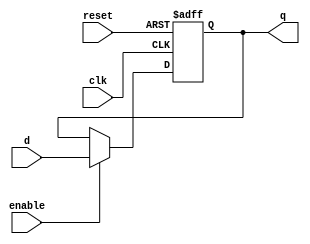

module flopenr0 #(parameter WIDTH=4) (
	input clk, reset, enable,
	input [WIDTH-1:0] d,
	output reg [WIDTH-1:0] q
);
//--Input Ports-----
//--Output Ports----

always @ (posedge clk or posedge reset) begin
	if (reset) q <= 0;
	else if (enable) q <= d;
end//always

endmodule

module flopenr1 #(parameter WIDTH=4) (
	input clk, reset, enable,
	input [WIDTH-1:0] d,
	output reg [WIDTH-1:0] q
);
//--Input Ports-----
//--Output Ports----

always @ (posedge clk or posedge reset) begin
	if (reset) q <= 4;
	else if (enable) q <= d;
end//always

endmodule